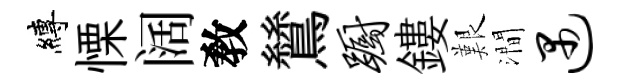
縛慄阔敎鷥蹰鏤艱澗遇